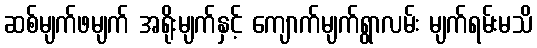
ဆစ်မျက်ဖမျက် အရိုးမျက်နှင့် ကျောက်မျက်ရွာလမ်း မျက်ရမ်းမသိ